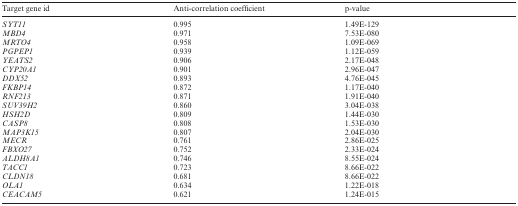
<table><thead><tr><td><b>Target gene id</b></td><td><b>Anti-correlation coefficient</b></td><td><b>p-value</b></td></tr></thead><tbody><tr><td><i>SYT11</i></td><td>0.995</td><td>1.49E-129</td></tr><tr><td><i>MBD4</i></td><td>0.971</td><td>7.53E-080</td></tr><tr><td><i>MRTO4</i></td><td>0.958</td><td>1.09E-069</td></tr><tr><td><i>PGPEP1</i></td><td>0.939</td><td>1.12E-059</td></tr><tr><td><i>YEATS2</i></td><td>0.906</td><td>2.17E-048</td></tr><tr><td><i>CYP20A1</i></td><td>0.901</td><td>2.96E-047</td></tr><tr><td><i>DDX52</i></td><td>0.893</td><td>4.76E-045</td></tr><tr><td><i>FKBP14</i></td><td>0.872</td><td>1.17E-040</td></tr><tr><td><i>RNF213</i></td><td>0.871</td><td>1.91E-040</td></tr><tr><td><i>SUV39H2</i></td><td>0.860</td><td>3.04E-038</td></tr><tr><td><i>HSH2D</i></td><td>0.809</td><td>1.44E-030</td></tr><tr><td><i>CASP8</i></td><td>0.808</td><td>1.53E-030</td></tr><tr><td><i>MAP3K15</i></td><td>0.807</td><td>2.04E-030</td></tr><tr><td><i>MECR</i></td><td>0.761</td><td>2.86E-025</td></tr><tr><td><i>FBXO27</i></td><td>0.752</td><td>2.33E-024</td></tr><tr><td><i>ALDH8A1</i></td><td>0.746</td><td>8.55E-024</td></tr><tr><td><i>TACC1</i></td><td>0.723</td><td>8.66E-022</td></tr><tr><td><i>CLDN18</i></td><td>0.681</td><td>8.66E-022</td></tr><tr><td><i>OLA1</i></td><td>0.634</td><td>1.22E-018</td></tr><tr><td><i>CEACAM5</i></td><td>0.621</td><td>1.24E-015</td></tr></tbody></table>